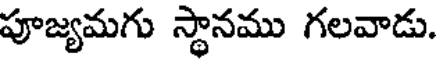
పూజ్యమగు స్థానము గలవాడు.